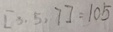
[ 3 , 5 , 7 ] = 1 0 5